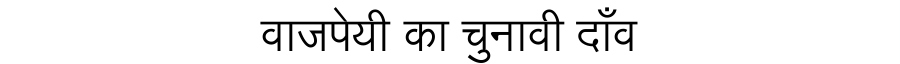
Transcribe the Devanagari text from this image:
वाजपेयी का चुनावी दाँव